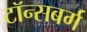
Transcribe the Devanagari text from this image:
टॉन्सबर्ग